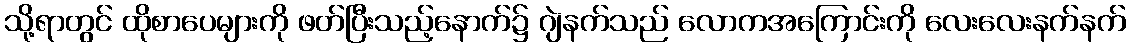
သို့ရာတွင် ထိုစာပေများကို ဖတ်ပြီးသည့်နောက်၌ ဂျဲနက်သည် လောကအကြောင်းကို လေးလေးနက်နက်